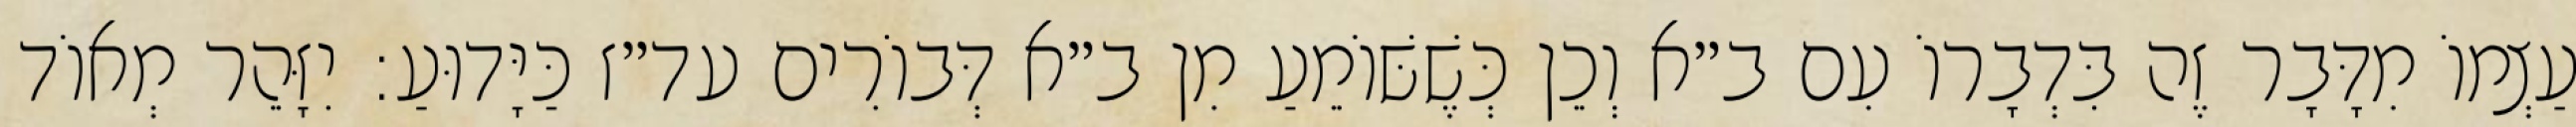
עַצְמוֹ מִדָּבָר זֶה בִּדְבָרוֹ עִם ב״א וְכֵן כְּשֶׁשּׁוֹמֵעַ מִן ב״א דְּבוֹרִים עד״ז כַּיָּדוּעַ: יִזָּהֵר מְאוֹד